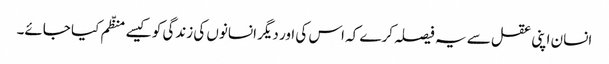
انسان اپنی عقل سے یہ فیصلہ کرے کہ اس کی اور دیگر انسانوں کی زندگی کو کیسے منظّم کیا جائے۔